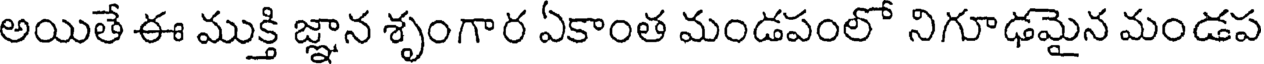
అయితే ఈ ముక్తి జ్ఞాన శృంగార ఏకాంత మండపంలో నిగూఢమైన మండప